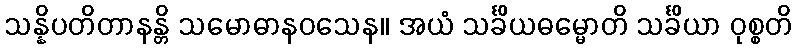
သန္နိပတိတာနန္တိ သမောဓာနဝသေန။ အယံ သင်္ခိယဓမ္မောတိ သင်္ခိယာ ဝုစ္စတိ